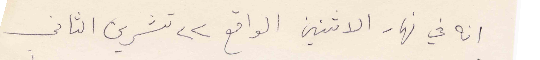
انه في نهار الاثنين الواقع ٢٢ تشرين الثاني